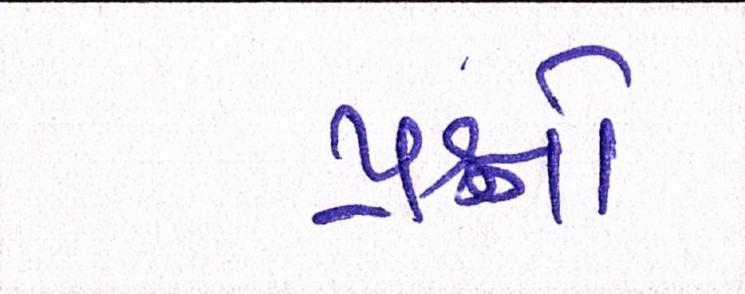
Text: પ્રશ્નનો